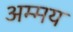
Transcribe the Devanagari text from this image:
अम्मय